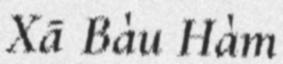
Xã Bàu Hàm